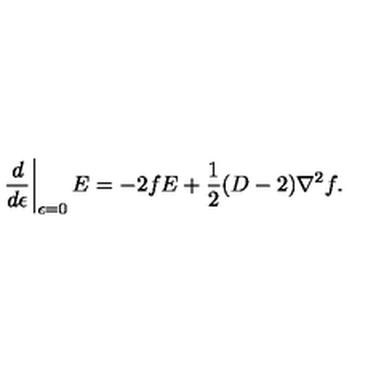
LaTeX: \left. \frac { d } { d \epsilon } \right| _ { \epsilon = 0 } E = - 2 f E + \frac 1 2 ( D - 2 ) \nabla ^ { 2 } f .